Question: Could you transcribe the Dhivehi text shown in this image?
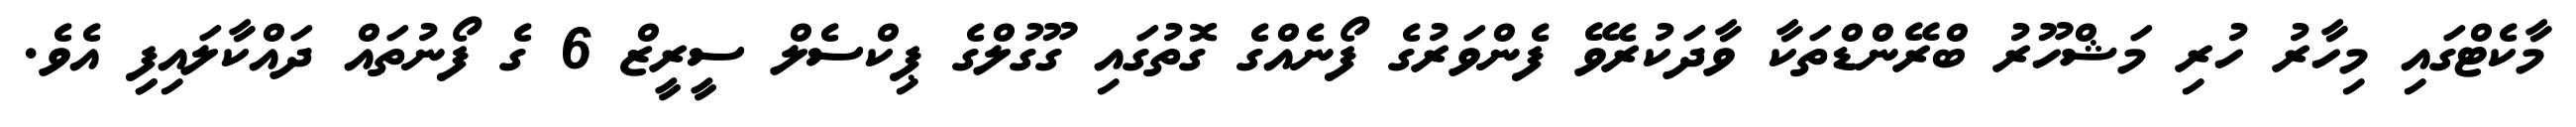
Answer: މާކެޓްގައި މިހާރު ހުރި މަޝްހޫރު ބްރޭންޑްތަކާ ވާދަކުރެވޭ ފެންވަރުގެ ފޯނެއްގެ ގޮތުގައި ގޫގުލްގެ ޕިކްސެލް ސީރީޒް 6 ގެ ފޯނުތައް ދައްކާލައިފިި އެވެ.